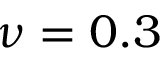
\nu = 0 . 3